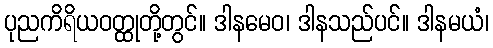
ပုညကိရိယဝတ္ထုတို့တွင်။ ဒါနမေဝ၊ ဒါနသည်ပင်။ ဒါနမယံ၊